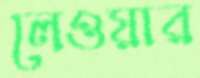
লেওয়ার